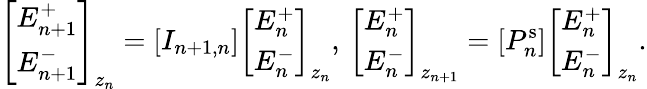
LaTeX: \left[\begin{array}{l}{E_{n+1}^{+}}\\ {E_{n+1}^{-}}\end{array}\right]_{z_{n}}=[I_{n+1,n}]\left[\begin{array}{l}{E_{n}^{+}}\\ {E_{n}^{-}}\end{array}\right]_{z_{n}},\, \left[\begin{array}{l}{E_{n}^{+}}\\ {E_{n}^{-}}\end{array}\right]_{z_{n+1}}=[P_{n}^{\mathrm{s}}]\left[\begin{array}{l}{E_{n}^{+}}\\ {E_{n}^{-}}\end{array}\right]_{z_{n}}.